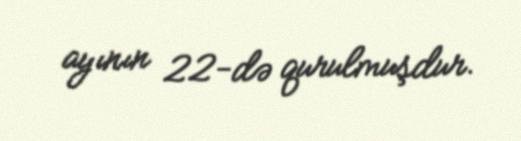
ayının 22-də qurulmuşdur.